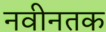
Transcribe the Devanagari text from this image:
नवीनतक